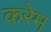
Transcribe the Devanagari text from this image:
करेम